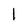
Character: 1